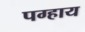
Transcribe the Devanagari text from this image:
पग्हाय